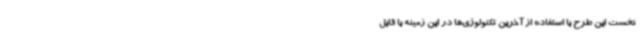
نخست این طرح با استفاده از آخرین تکنولوژی‌ها در این زمینه با قابل